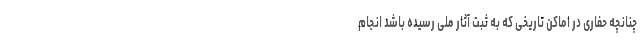
چنانچه حفاری در اماکن تاریخی که به ثبت آثار ملی رسیده‌ باشد انجام